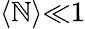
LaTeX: \langle{\mathbb{N}}\rangle{\ll}1